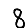
Digit: 8